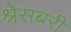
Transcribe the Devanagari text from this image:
श्रेसबरी